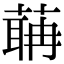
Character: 䔜